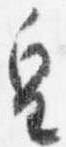
皇